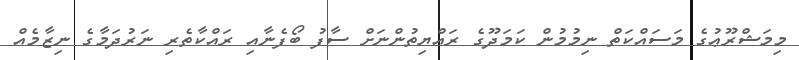
މިމަޝްރޫޢުގެ މަސައްކަތް ނިމުމުން ކަމަދޫގެ ރައްޔިތުންނަށް ސާފު ބޯފެނާއި ރައްކާތެރި ނަރުދަމާގެ ނިޒާމެއް